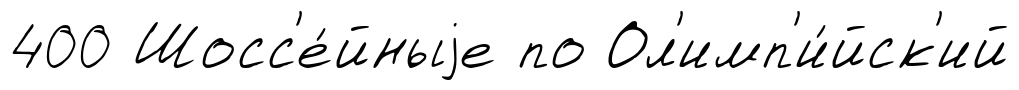
400 Шосс'е́йныjе по Ол'имп'и́йск'ий